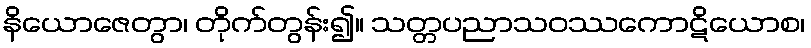
နိယောဇေတွာ၊ တိုက်တွန်း၍။ သတ္တပညာသဝဿကောဋိယောစ၊